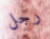
رجل